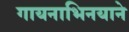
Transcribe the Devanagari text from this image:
गायनाभिनयाने